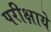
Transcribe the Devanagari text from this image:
परीक्षाये